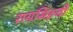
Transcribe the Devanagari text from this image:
रायसिंहजी